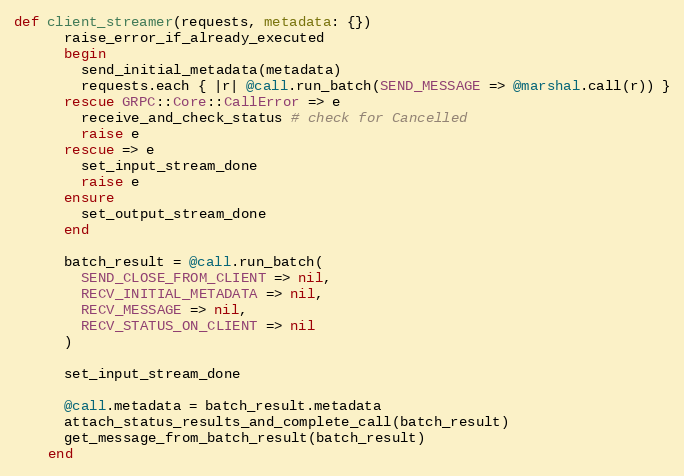
Language: Ruby
def client_streamer(requests, metadata: {})
      raise_error_if_already_executed
      begin
        send_initial_metadata(metadata)
        requests.each { |r| @call.run_batch(SEND_MESSAGE => @marshal.call(r)) }
      rescue GRPC::Core::CallError => e
        receive_and_check_status # check for Cancelled
        raise e
      rescue => e
        set_input_stream_done
        raise e
      ensure
        set_output_stream_done
      end

      batch_result = @call.run_batch(
        SEND_CLOSE_FROM_CLIENT => nil,
        RECV_INITIAL_METADATA => nil,
        RECV_MESSAGE => nil,
        RECV_STATUS_ON_CLIENT => nil
      )

      set_input_stream_done

      @call.metadata = batch_result.metadata
      attach_status_results_and_complete_call(batch_result)
      get_message_from_batch_result(batch_result)
    end